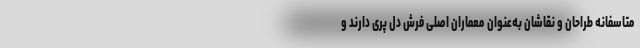
متاسفانه طراحان و نقاشان به‌عنوان معماران اصلی فرش دل پری دارند و